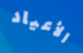
الأعياد